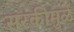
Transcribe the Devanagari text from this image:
सरकीमुळे